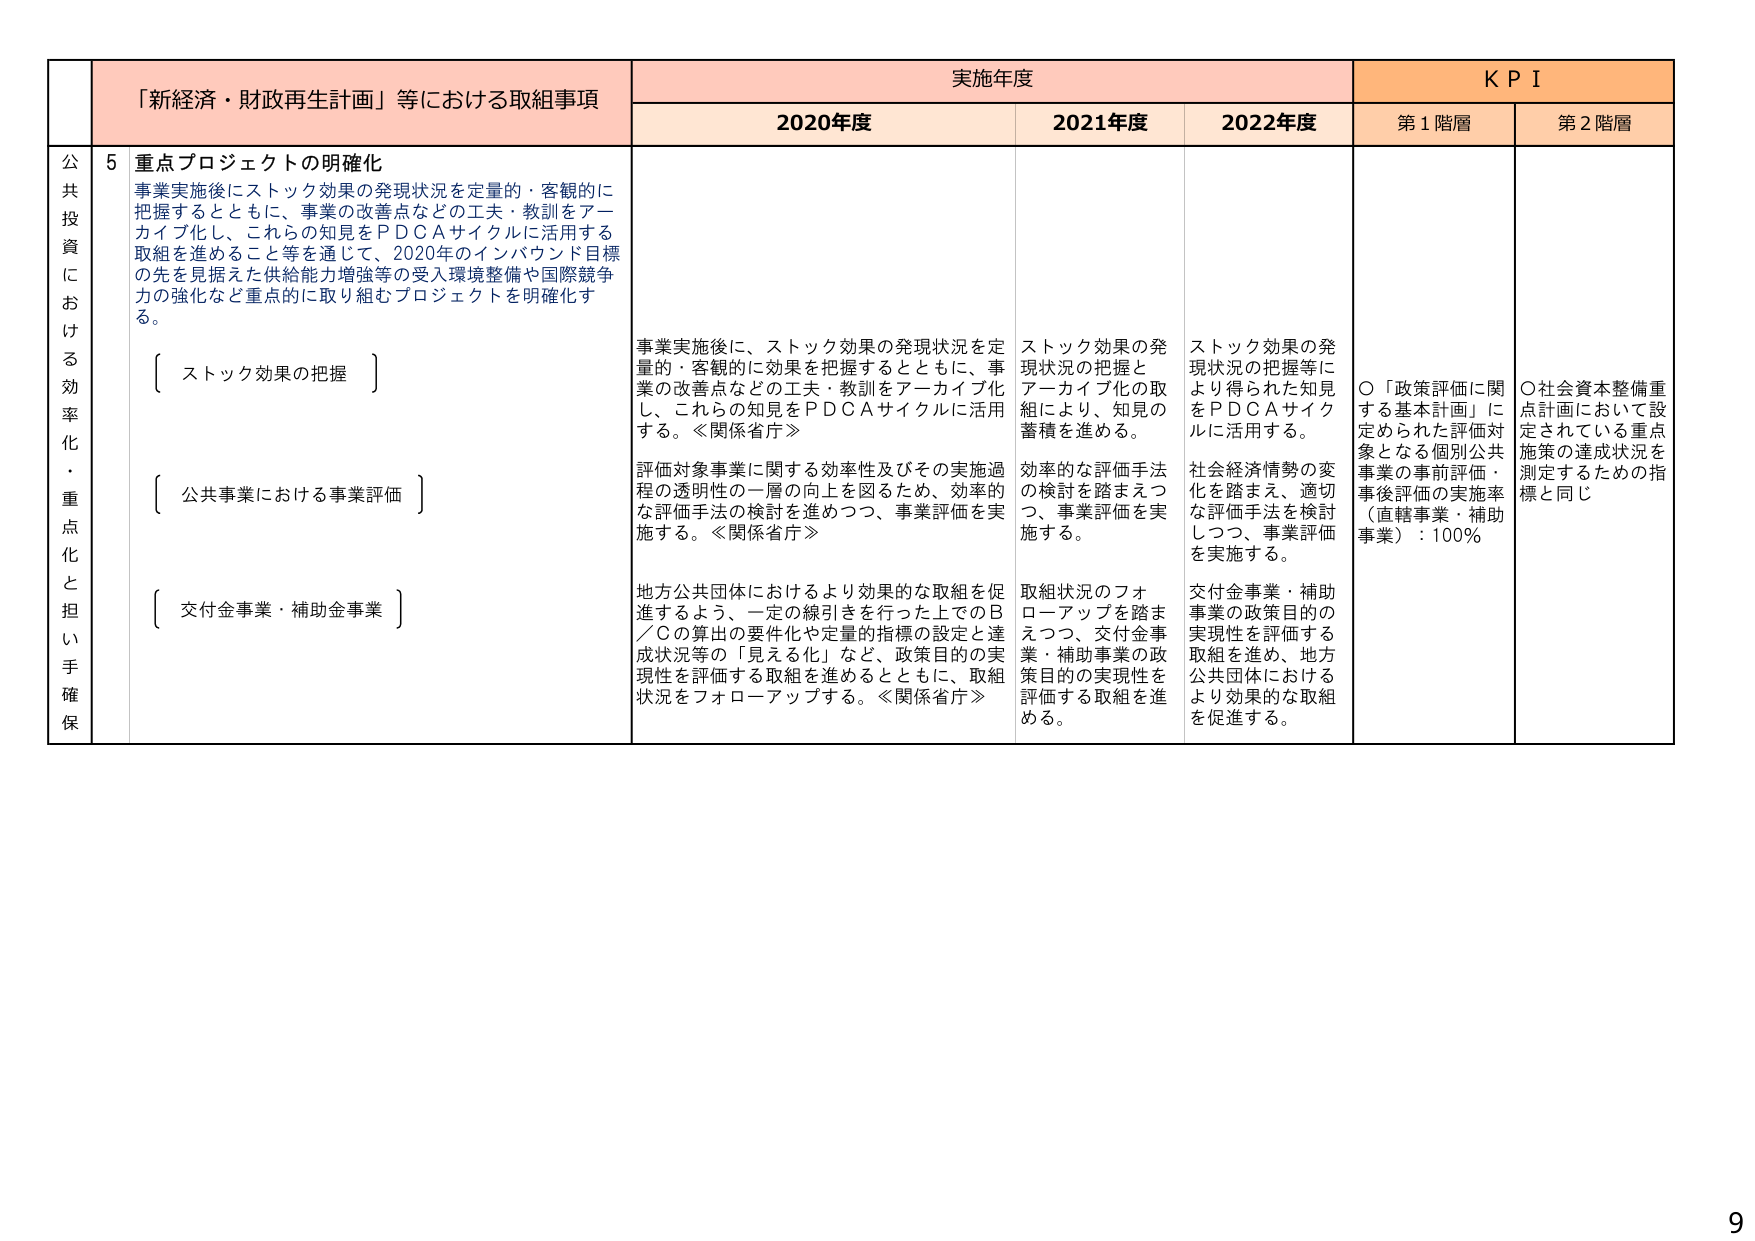
「新経済・財政再生計画」等における取組事項
実施年度
KPI

2020年度
2021年度
2022年度
第1階層
第2階層

公共投資における効率化・重点化と担い手確保
5 重点プロジェクトの明確化
事業実施後にストック効果の発現状況を定量的・客観的に把握するとともに、事業の改善点などの工夫・教訓をアーカイブ化し、これらの知見をPDCAサイクルに活用する取組を進めること等を通じて、2020年のインバウンド目標の先を見据えた供給能力増強等の受入環境整備や国際競争力の強化など重点的に取り組むプロジェクトを明確化する。

〔 ストック効果の把握 〕
事業実施後に、ストック効果の発現状況を定量的・客観的に効果を把握するとともに、事業の改善点などの工夫・教訓をアーカイブ化し、これらの知見をPDCAサイクルに活用する。≪関係省庁≫

ストック効果の発現状況の把握とアーカイブ化の取組により、知見の蓄積を進める。

ストック効果の発現状況の把握等により得られた知見をPDCAサイクルに活用する。

○「政策評価に関する基本計画」に定められた評価対象となる個別公共事業の事前評価・事後評価の実施率（直轄事業・補助事業）：100％

○社会資本整備重点計画において設定されている重点施策の達成状況を測定するための指標と同じ

〔 公共事業における事業評価 〕
評価対象事業に関する効率性及びその実施過程の透明性の一層の向上を図るため、効率的な評価手法の検討を進めつつ、事業評価を実施する。≪関係省庁≫

効率的な評価手法の検討を踏まえつつ、事業評価を実施する。

社会経済情勢の変化を踏まえ、適切な評価手法を検討しつつ、事業評価を実施する。

〔 交付金事業・補助金事業 〕
地方公共団体におけるより効果的な取組を促進するよう、一定の線引きを行った上でのB／Cの算出の要件化や定量的指標の設定と達成状況等の「見える化」など、政策目的の実現性を評価する取組を進めるとともに、取組状況をフォローアップする。≪関係省庁≫

取組状況のフォローアップを踏まえつつ、交付金事業・補助事業の政策目的の実現性を評価する取組を進める。

交付金事業・補助事業の政策目的の実現性を評価する取組を進め、地方公共団体におけるより効果的な取組を促進する。

9